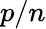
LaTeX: p/n